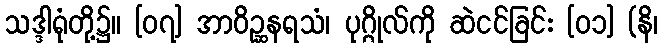
သဒ္ဒါရုံတို့၌။ [၀၇] အာဝိဉ္ဆနရသံ၊ ပုဂ္ဂိုလ်ကို ဆဲငင်ခြင်း [၀၁] (နိ၊